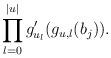
LaTeX: \begin{align*} \prod_{l=0}^{|u|} g'_{u_l}(g_{u,l}(b_j)).\end{align*}